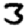
Digit: 3